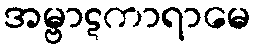
အမ္ဗာဋကာရာမေ